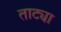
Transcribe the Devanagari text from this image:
ताट्या